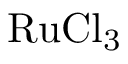
\mathrm { { R u C l } _ { 3 } }